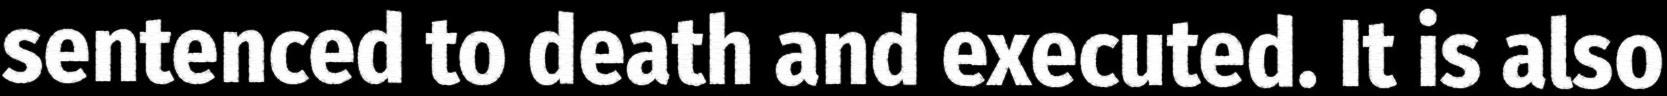
sentenced to death and executed. It is also